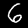
Label: 6